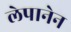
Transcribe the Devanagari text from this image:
लेपानेन